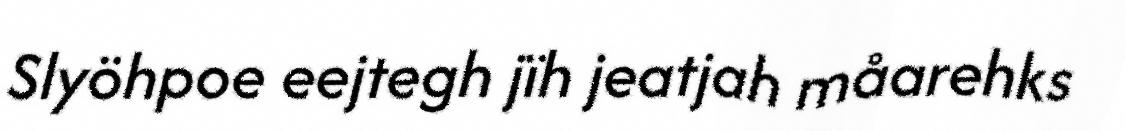
Slyöhpoe eejtegh jïh jeatjah måarehks